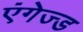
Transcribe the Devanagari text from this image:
एंगेज्ड